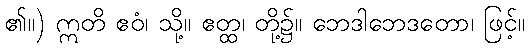
၏။) ဣတိ ဧဝံ၊ သို့။ ဧတ္ထ၊ တို့၌။ ဘေဒါဘေဒတော၊ ဖြင့်။